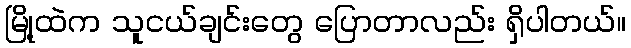
မြို့ထဲက သူငယ်ချင်းတွေ ပြောတာလည်း ရှိပါတယ်။